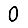
Digit: 0